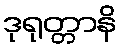
ဒုရုတ္တာနိ